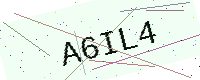
Text: A6IL4